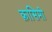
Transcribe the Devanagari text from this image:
क़ासिमी